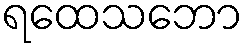
ရထေသဘော